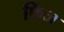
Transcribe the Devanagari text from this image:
फिंज